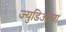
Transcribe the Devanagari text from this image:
ज्युडिआचा